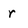
Character: r